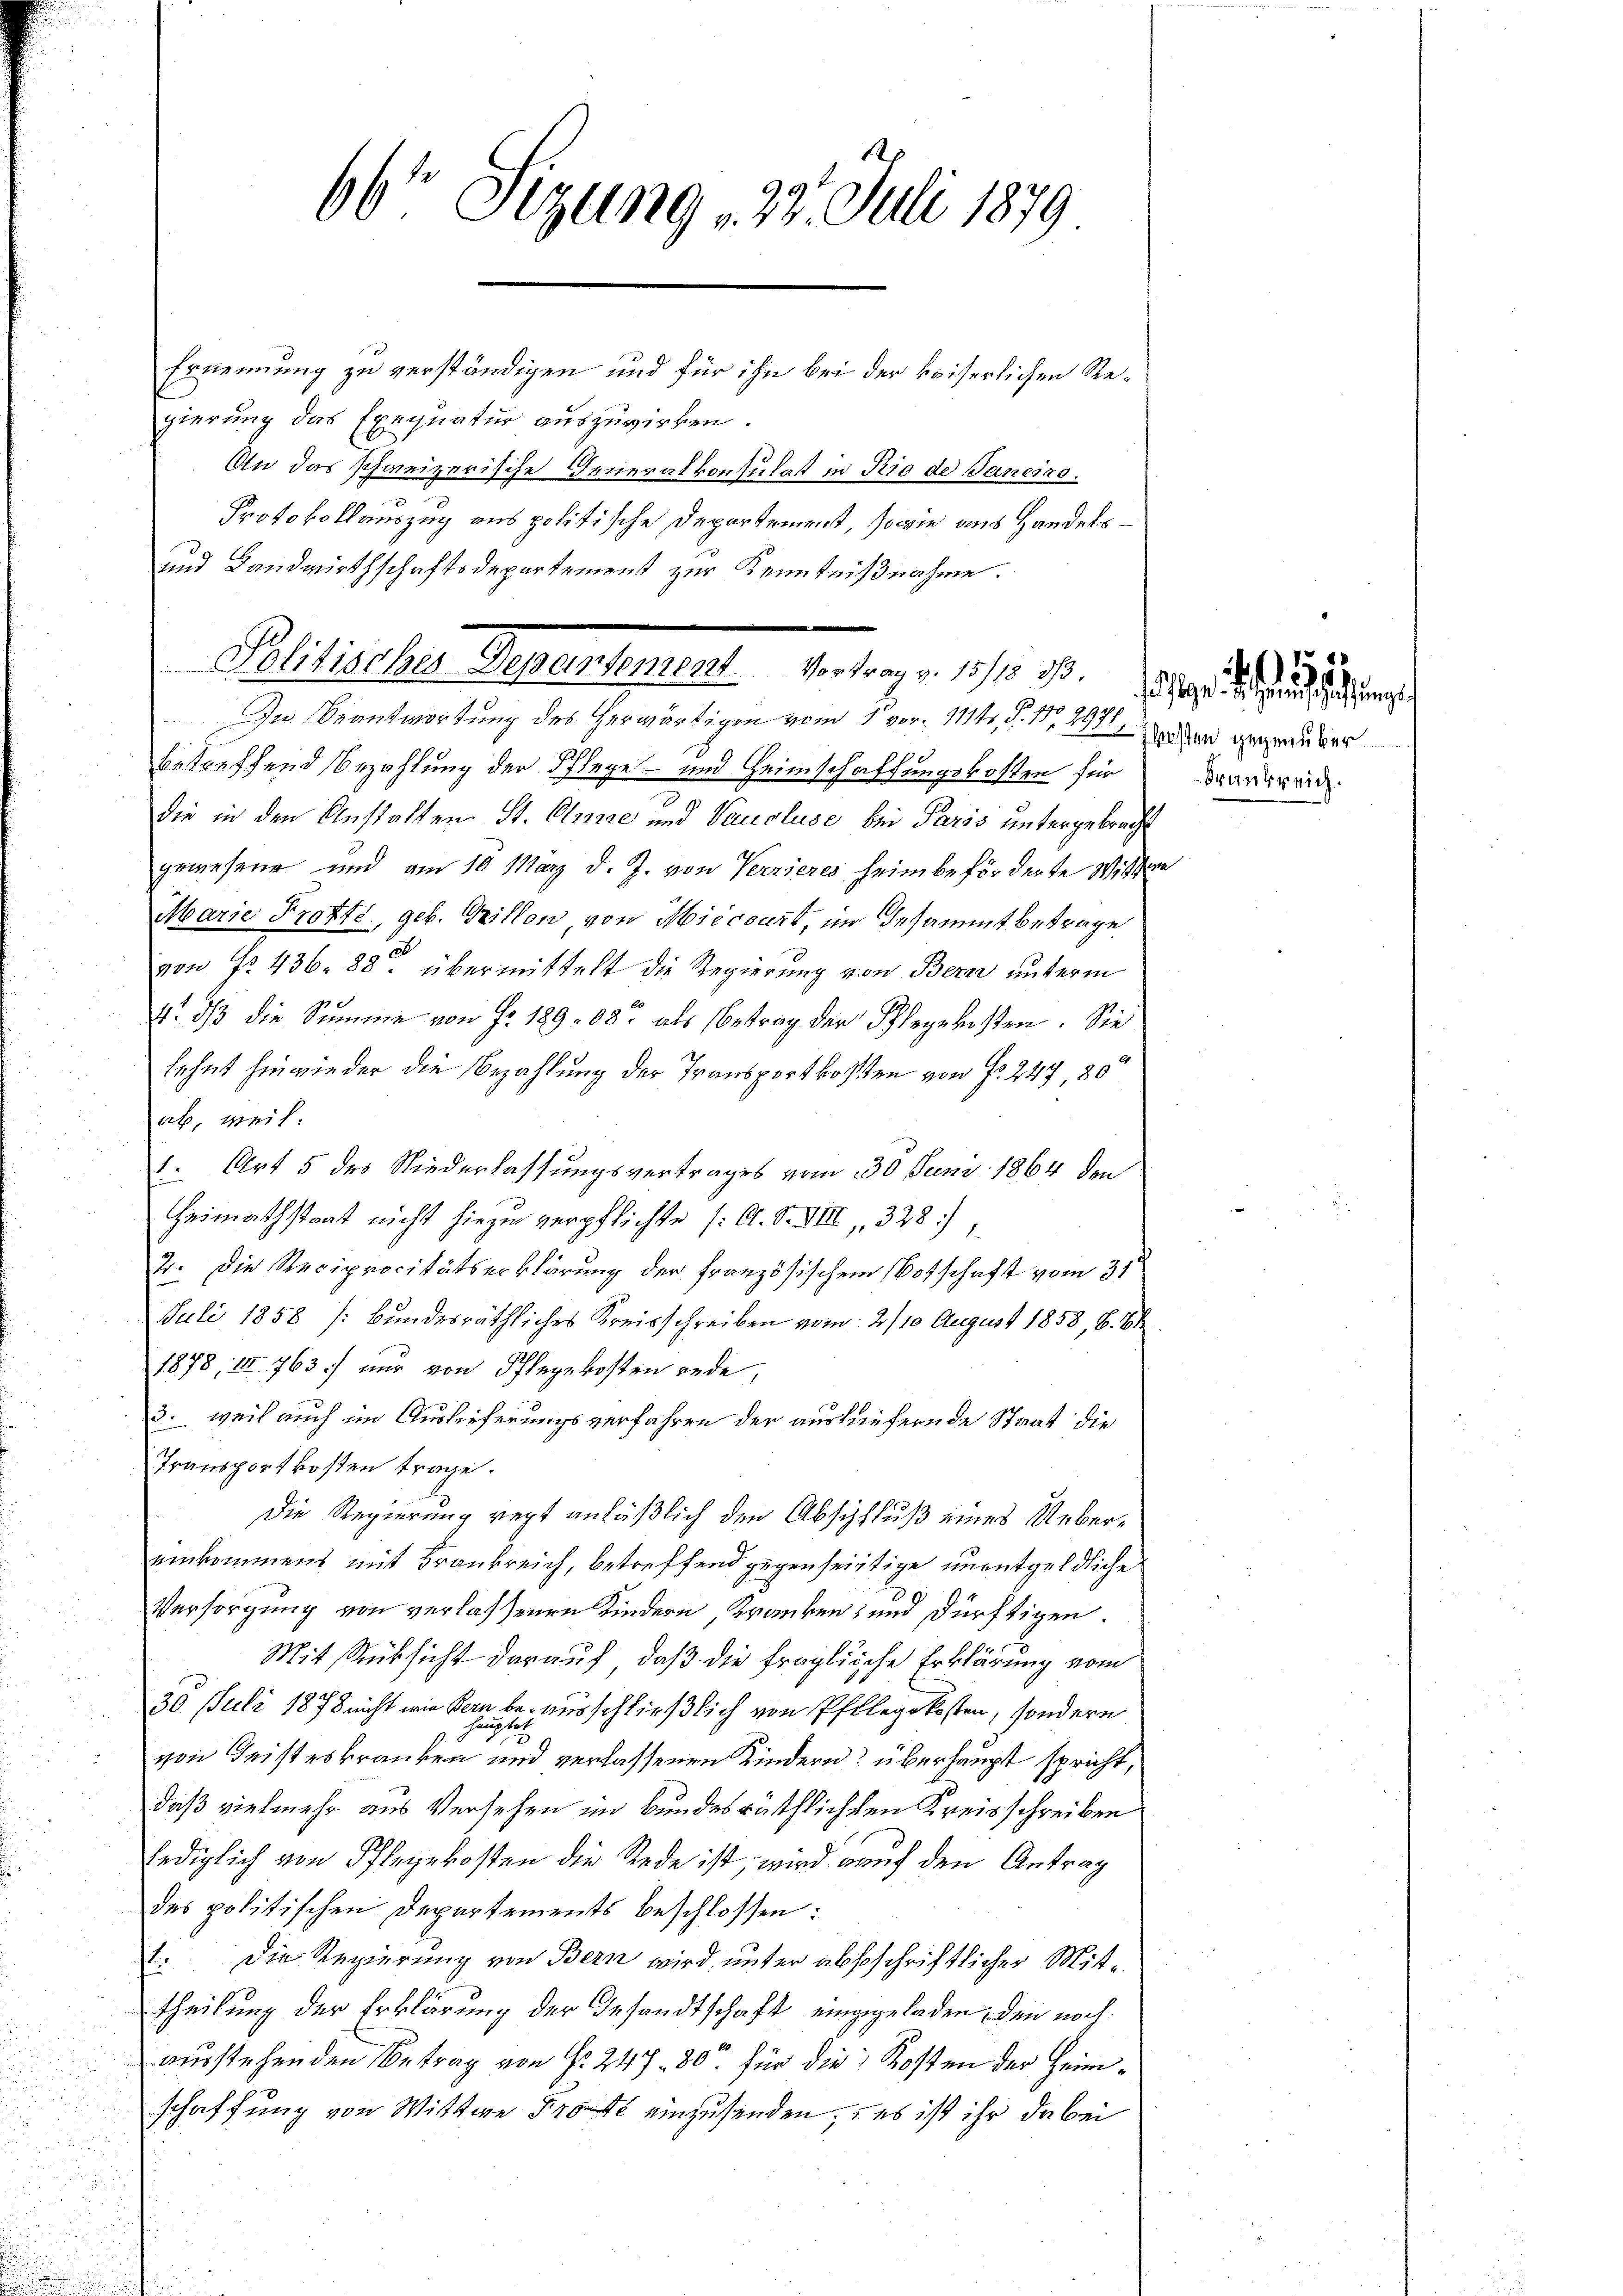
66' Sizung 25. Juli 1879

Ernemmung zu verständigen und für ihn bei der kaiserlichen Regierung das Exequatur auszuwirken.
An das schweizerische Generalkonsulat in Rio de Janeiro
Protokollauszug aus politische Departement, sowie aus Handels¬
und Landwirthschaftsdepartement zur Kenntnißnahme.
In Beantwortung des herwärtigen vom 1. vor. 1114, S. Nr. 497, Barband gegraubes
betreffend Bezahlung der Schlege- und Heimschaffungskosten für Frankreid
die in den Anstalten St. Olmiae und Vauoluse bei Paris untergebracht
gewesene und am 10 März d. J. von Verzieres heim beförderte Wissen
Marie Trotte, geb. Grillon von Miecourt, im Gesammtbetrage
ch
von No. 436. 88. übermittelt die Regierung von Bern unterm
4. dβ die Summe von Fr. 12908 als Betrag der Pflegekosten. Sie
lehnt hinwieder die Bezahlung der Transportkosten von Fr. 247, 80
ab, weil:
1. Art 5 des Niederlassungsvertrages vom 30. Juni 1864 den
Heimathstaat nicht hiezu verpflichte (O. S. XIII, 328)
2. Die Reciprocitätserklärung der französischem Botschaft vom 31
Juli 1858 (Bundesräthliches Kreisschreiben vom 2/10 August 1858, 6. 88
1878, III 763. nur von Pflegekosten rede,
3. weil auch im Auslieferungsverfahren der auskäufernde Staat die
Transportkosten trage.
Die Regierung regt anläßlich den Abschluß eines Uebereinkommens mit Frankreich, betreffend gegenseitige unentgeldliche
Versorgung von verlassenen Kindern Kranken, und dürftigen.
Mit Rücksicht darauf, daß die fragliche Erklärung vom
30. Juli 1878 nicht wie Bern be- ausschließlich von Pflegekosten, sondern
hauptet
e
von Geisteskranken und verlassenen Kindern überhaupt spricht,
daß vielmehr aus Versehen im Bundesräthlichten Kreisschreiben
lediglich von Pflegekosten die Rede ist, wird auf den Antrag
des politischen Departements beschlossen:
Die Regierung von Bern wird unter abstschriftlicher Mit¬
1
theilung der Erklärung der Gesandtschaft eingegeladen, den noch
ausstehenden Betrag von §. 247 - 80 für die Kosten der Heimschaffung von Wittwe Prote einzusenden, es ist ihr dabei

.
Politisches Departement. Vortrag v. 15/18 d.